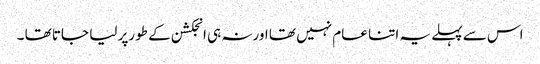
اس سے پہلے یہ اتنا عام نہیں تھا اورنہ ہی انجکشن کے طورپر لیا جاتا تھا ۔